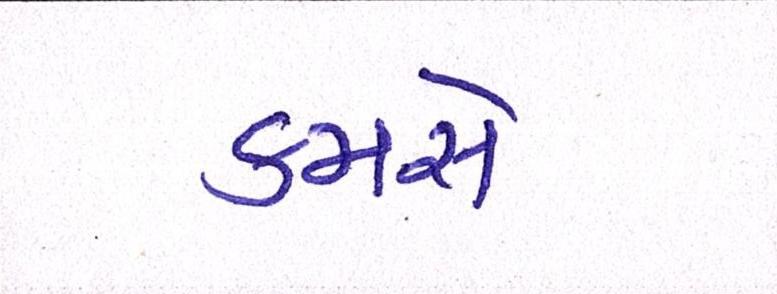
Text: કમસે